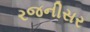
રજનીસર